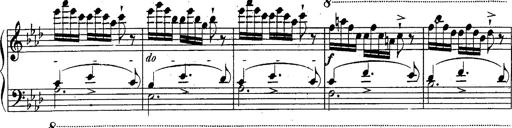
Title: Schubert's Impromptus [revised and edited by Franz Liszt]
Composer: Franz Liszt